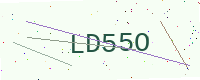
Text: LD55O